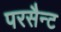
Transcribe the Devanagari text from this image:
परसैन्ट